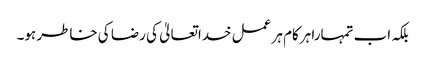
بلکہ اب تمہارا ہرکام ہر عمل خداتعالیٰ کی رضا کی خاطر ہو۔